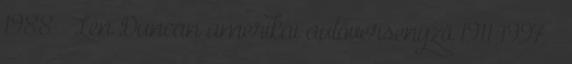
1988 – Len Duncan amerikai autóversenyző 1911 1997 –